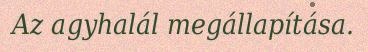
Az agyhalál megállapítása.